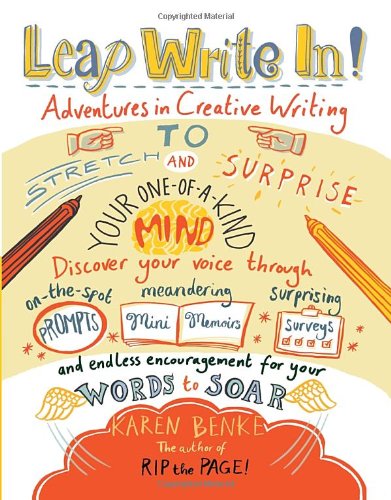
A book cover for Leap Write In!: Adventures in Creative Writing to Stretch and Surprise Your One-of-a-Kind Mind; Parenting & Relationships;